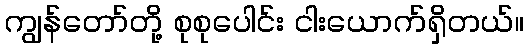
ကျွန်တော်တို့ စုစုပေါင်း ငါးယောက်ရှိတယ်။